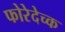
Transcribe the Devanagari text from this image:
फोरेदेच्क